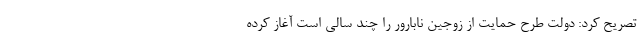
تصریح کرد: دولت طرح حمایت از زوجین نابارور را چند سالی است آغاز کرده